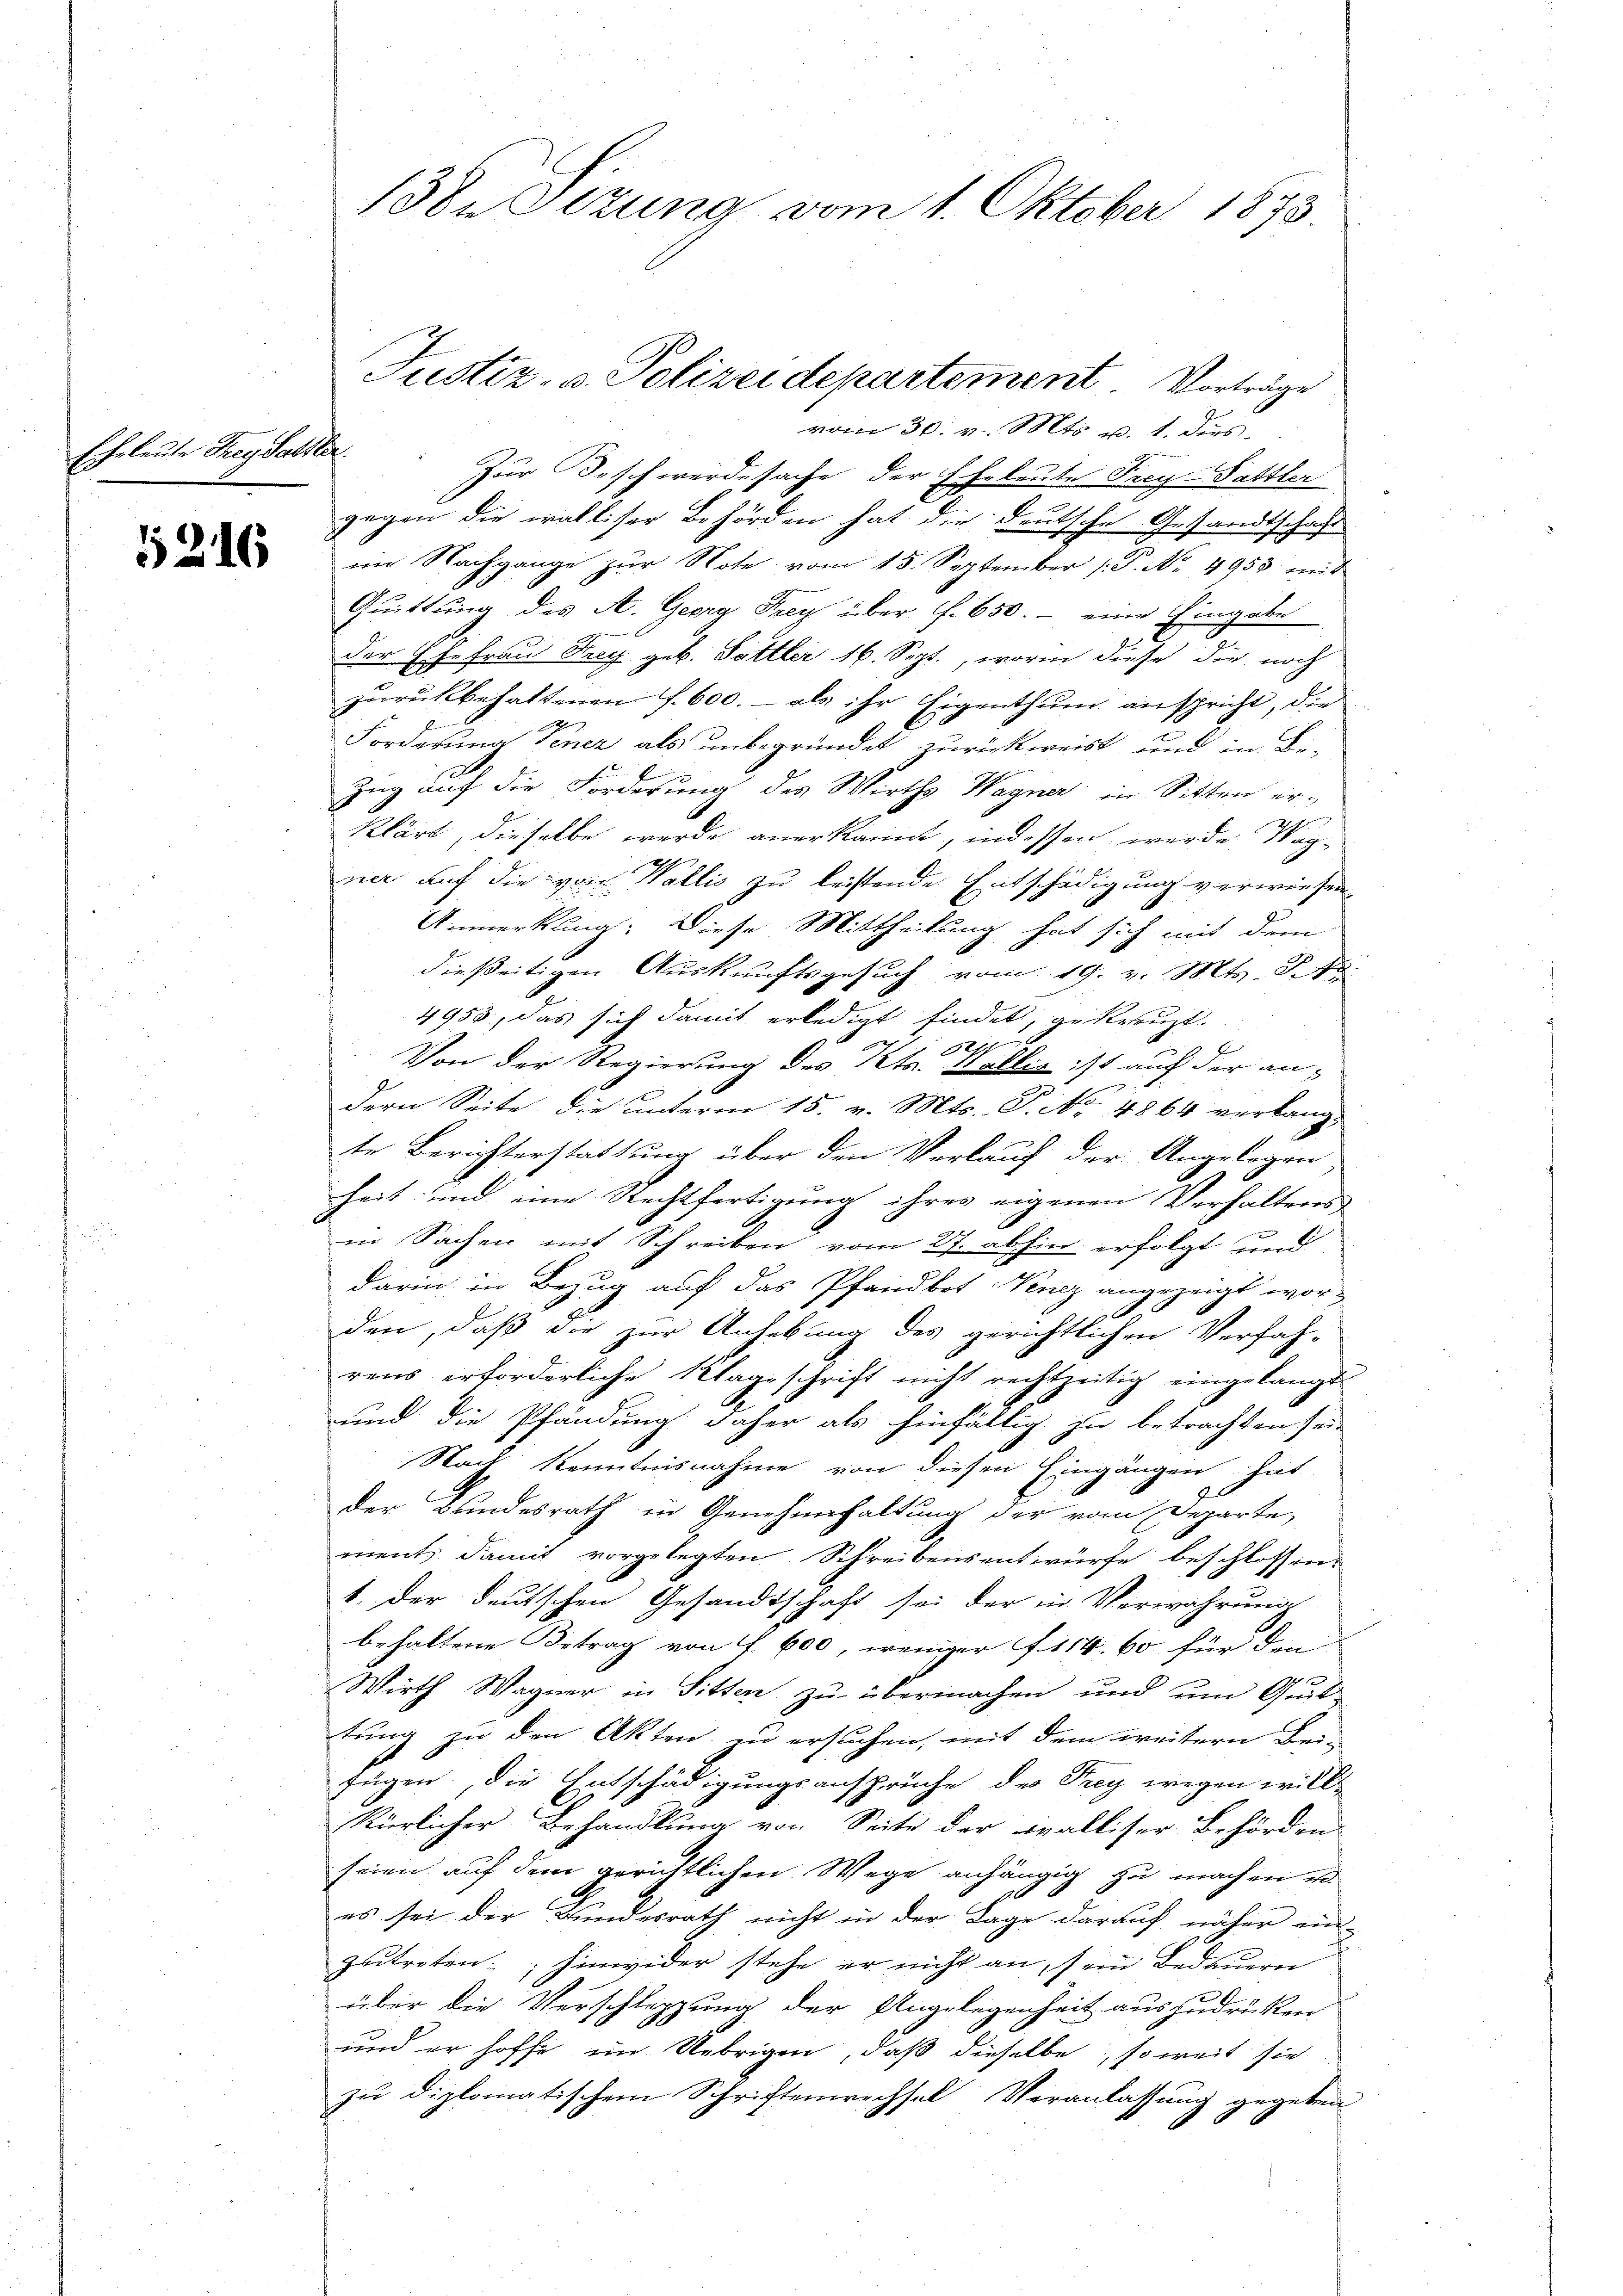
Eheleute Frey Sattler.

5216

vom 30. v. Mts. v. 1. ders
Zur Beschwerdesache der Eheleute Frey-Sattler
gegen die walliser Behörden hat die deutsche Gesandtschaft
im Nachgange zŭr Note vom 15. September (T. No. 4953 mit
Quittung des A. Georg Frey über f. 650.- eine Eingabe
der Ehefrau Frey geb. Sattler 16. Sept., worin diese die noch
zŭrückbehaltenen f. 600.- als ihr Eigenthum anspricht, die
Forderung Vener als unbegründet zurückweist, und in Be-
Zug auf die Forderung des Wirths. Wagner in Sitten er-
klärt, dieselbe werde anerkannt, indessen werde Weg-
vier auf die von Wallis zu leistende Entschädigung verwiesen
Anmerkung: Diese Mittheilung hat sich mit dem
dießeitigen Auskunftsgesuch vom 19. v. Mts. S.
4953, das sich damit erledigt findet, gekreuzt.
s
27
B
Von der Regierung des Kts. Ställig ist auch der an-
dern Seite die unterm 15. v. Mts. P. Nr. 4864 verlangt
te Berichterstattung über den Verlauf der Angelegen
heit und eine Rechtfertigung ihres eigenen Verhaltens
in Sachen mit Schreiben vom 27. abhin erfolgt und
darin in Bezug auf das Pfandbot Venez angezeigt wor-
den, daß die zur Anhebung des gerichtlichen Verfah-
rens erforderliche Wageschrift nicht rechtzeitig eingelangt.
und die Pfändung daher als hinfällig zu betrachten sei-
Nach Kenntnisnahme von diesen Eingängen hät
der Brindesrath in Genehmhaltung der vom Departe,
ment, damit vorgelegten Schreibensentwürfe beschlossen
1. Der deutschen Gesandtschaft sei der in Verwahrung
behaltene Betrag von f. 600, weniger f 114. 60 für den
Wirth Wagner in Sitten zu übermachen und um Quit-
tung zu den Akten zu ersuchen, mit dem weitern Bei-
fügen, die Entschädigungsansprüche des Frey wegen willkürlicher Behandlung von Seite der Falliser Behörden
seien auf dem gerichtlichen Wege anhängig zu machen er
es sei der Bundesrath nicht in der Lage darauf näher ein-
zutreten; hinwider stehe er nicht an, sein Bedauern
über die Verschleppung der Angelegenheit auszudrüken
und er hoffe im Uebrigen, daß dieselbe, so weit sie
zu diplomatischem Schriftenwechsel Veranlassung gegeben

130 Sezung vom 1. Oktober 1873.

Justiz- u. Polizei departement Vorträge